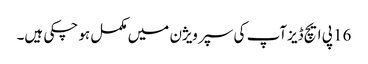
16 پی ایچ ڈیزآپ کی سپر ویژن میں مکمل ہو چکی ہیں۔